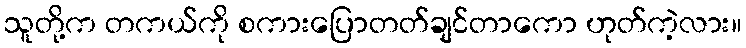
သူတို့က တကယ်ကို စကားပြောတတ်ချင်တာကော ဟုတ်ကဲ့လား။